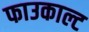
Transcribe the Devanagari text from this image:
फाउकाल्ट